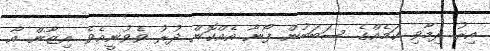
އިރު ދިމާވި ކަމެއްގެ ސަބަބުން ފޯނާ އެއްކޮން ދުރު ވެވުނީއެވެ. އިޒާން އާ